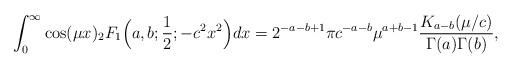
LaTeX: \begin{align*}\int_{0}^{\infty}\cos(\mu x){}_{2}F_{1}\Big(a,b;\frac{1}{2};-c^2 x^{2}\Big)dx=2^{-a-b+1}\pi c^{-a-b} \mu^{a+b-1}\frac{K_{a-b}({\mu}/{c})}{\Gamma(a)\Gamma(b)},\end{align*}